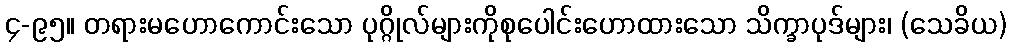
၄-၉၅။ တရားမဟောကောင်းသော ပုဂ္ဂိုလ်များကိုစုပေါင်းဟောထားသော သိက္ခာပုဒ်များ၊ (သေခိယ)